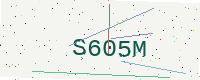
Text: S605M